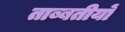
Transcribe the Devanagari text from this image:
ताब्बतीयों